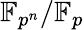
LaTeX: \mathbb{F}_{p^{n}}/\mathbb{F}_{p}